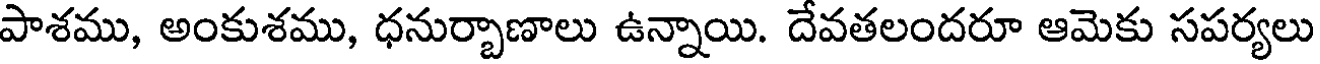
పాశము, అంకుశము, ధనుర్బాణాలు ఉన్నాయి. దేవతలందరూ ఆమెకు సపర్యలు